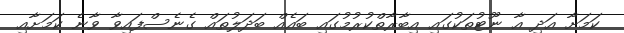
ކަމަށާ އަދި އާ ނޫޓުތަކުގައި އިބާރާތްކުރުމުގައި ބައެއް ބަދަލުތައް ގެނެސްފައިވާ ވާނެ ކަމަށާއި